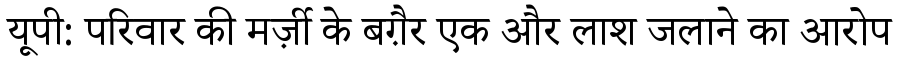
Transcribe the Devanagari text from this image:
यूपी: परिवार की मर्ज़ी के बग़ैर एक और लाश जलाने का आरोप